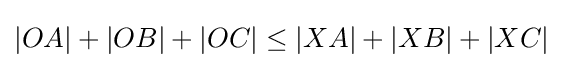
|OA|+|OB|+|OC|\leq |XA|+|XB|+|XC|